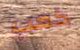
كعب